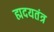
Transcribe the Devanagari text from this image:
ह्मदयतंत्र